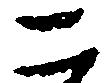
二